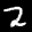
Label: 2